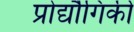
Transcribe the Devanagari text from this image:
प्रोद्यौेगिकी